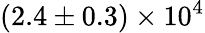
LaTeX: (2.4\pm 0.3)\times 10^{4}